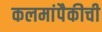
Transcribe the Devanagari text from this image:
कलमांपैकीची